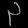
Digit: ၃